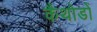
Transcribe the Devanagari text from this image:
कैथोडों